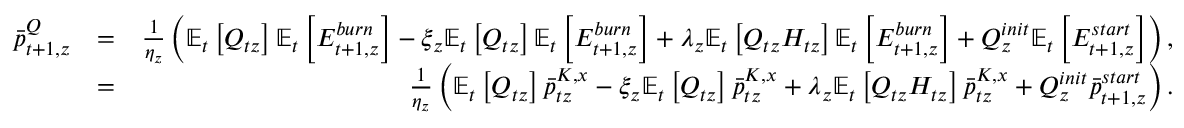
\begin{array} { r l r } { \bar { p } _ { t + 1 , z } ^ { Q } } & { = } & { \frac { 1 } { \eta _ { z } } \left( \mathbb { E } _ { t } \left[ Q _ { t z } \right] \mathbb { E } _ { t } \left[ E _ { t + 1 , z } ^ { b u r n } \right] - \xi _ { z } \mathbb { E } _ { t } \left[ Q _ { t z } \right] \mathbb { E } _ { t } \left[ E _ { t + 1 , z } ^ { b u r n } \right] + \lambda _ { z } \mathbb { E } _ { t } \left[ Q _ { t z } H _ { t z } \right] \mathbb { E } _ { t } \left[ E _ { t + 1 , z } ^ { b u r n } \right] + Q _ { z } ^ { i n i t } \mathbb { E } _ { t } \left[ E _ { t + 1 , z } ^ { s t a r t } \right] \right) , } \\ & { = } & { \frac { 1 } { \eta _ { z } } \left( \mathbb { E } _ { t } \left[ Q _ { t z } \right] \bar { p } _ { t z } ^ { K , x } - \xi _ { z } \mathbb { E } _ { t } \left[ Q _ { t z } \right] \bar { p } _ { t z } ^ { K , x } + \lambda _ { z } \mathbb { E } _ { t } \left[ Q _ { t z } H _ { t z } \right] \bar { p } _ { t z } ^ { K , x } + Q _ { z } ^ { i n i t } \bar { p } _ { t + 1 , z } ^ { s t a r t } \right) . } \end{array}